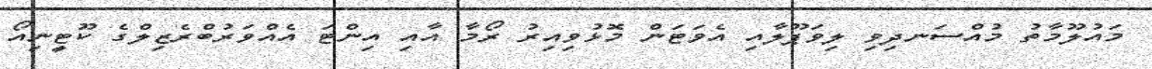
މައުލޫމާތު މުއްސަނދިވި ލިވަޕޫލާއި އެވަޓަން މޮޅުވިއިރު ރޯމާ އާއި އިންޓަ އެއްވަރުބްރެޒިލްގެ ކޫޓީނިއޯ